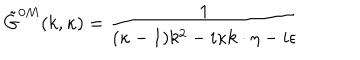
LaTeX: \tilde { G } ^ { 0 M } ( k , \kappa ) = { \frac { 1 } { ( \kappa - 1 ) k ^ { 2 } - i \kappa k \cdot \eta - i \epsilon } }